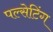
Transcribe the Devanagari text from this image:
पल्सेटिंग